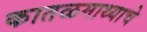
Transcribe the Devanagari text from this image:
कातळमाथ्याचे